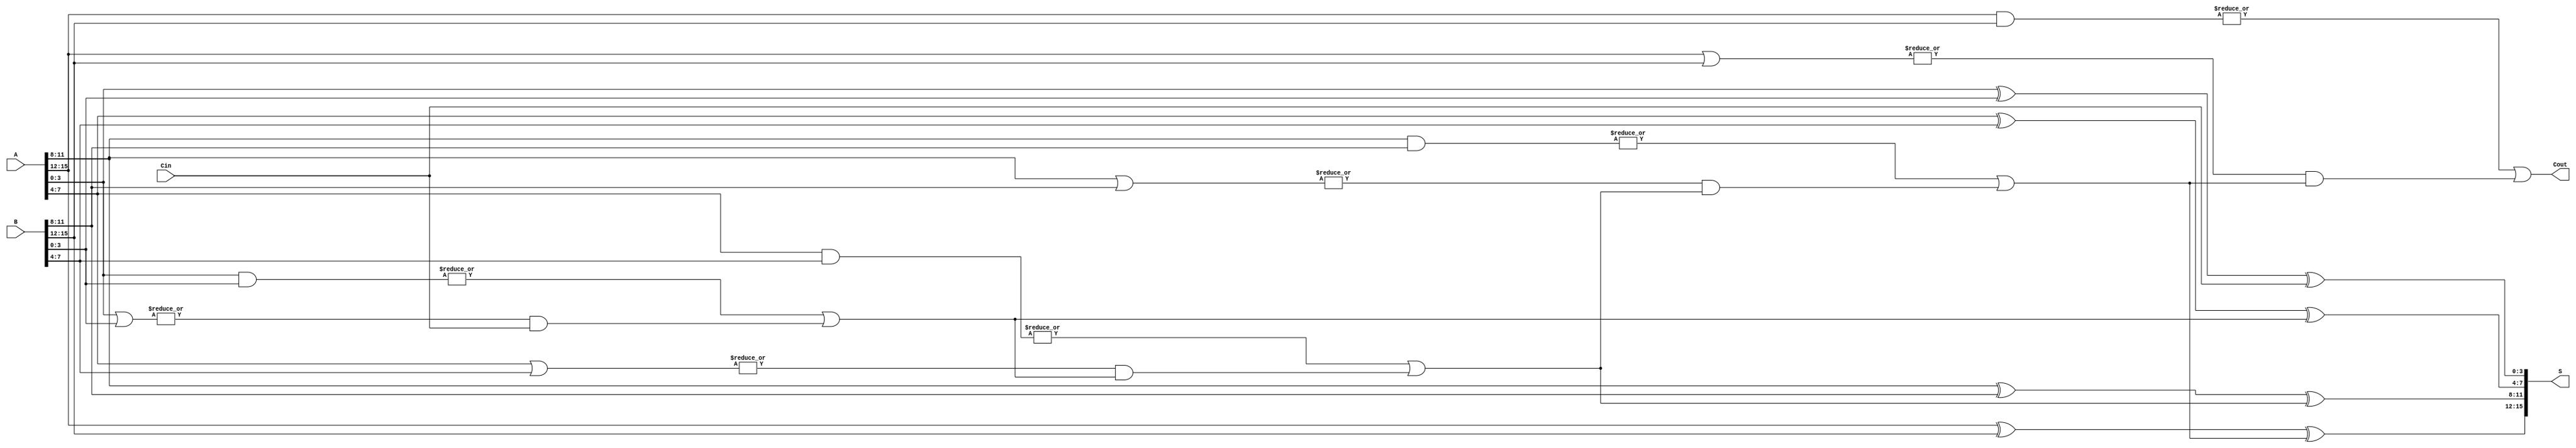
module han_carlson_adder #(
    parameter N = 16    // Number of bits
)(
    input  [N-1:0] A,   // First operand
    input  [N-1:0] B,   // Second operand
    input         Cin,   // Carry input
    output [N-1:0] S,    // Sum output
    output        Cout    // Carry output
);

    localparam GROUP_SIZE = 4; // Define the size of each group
    localparam NUM_GROUPS = N / GROUP_SIZE; // Calculate the number of groups

    // Generate and propagate signals
    wire [NUM_GROUPS-1:0] G; // Generate signals for each group
    wire [NUM_GROUPS-1:0] P; // Propagate signals for each group
    wire [NUM_GROUPS:0] C; // Carry outputs for each group

    // Generate and propagate calculations for each group
    genvar i;
    generate
        for (i = 0; i < NUM_GROUPS; i = i + 1) begin : group
            wire [GROUP_SIZE-1:0] A_group = A[i*GROUP_SIZE +: GROUP_SIZE];
            wire [GROUP_SIZE-1:0] B_group = B[i*GROUP_SIZE +: GROUP_SIZE];

            assign G[i] = |(A_group & B_group); // Generate signal
            assign P[i] = |(A_group | B_group); // Propagate signal

            // Carry signal computation for the groups
            if (i == 0) begin
                assign C[i] = Cin; // First group carry is Cin
            end else begin
                assign C[i] = G[i-1] | (P[i-1] & C[i-1]); // Carry select logic
            end
        end
    endgenerate

    // Sum calculation for each group
    generate
        for (i = 0; i < NUM_GROUPS; i = i + 1) begin : sum_group
            wire [GROUP_SIZE-1:0] A_group = A[i*GROUP_SIZE +: GROUP_SIZE];
            wire [GROUP_SIZE-1:0] B_group = B[i*GROUP_SIZE +: GROUP_SIZE];
            wire carry_in = C[i]; // Carry input for the current group

            assign S[i*GROUP_SIZE +: GROUP_SIZE] = A_group ^ B_group ^ carry_in; // Sum calculation
        end
    endgenerate

    // Final carry out from the last group
    assign Cout = G[NUM_GROUPS-1] | (P[NUM_GROUPS-1] & C[NUM_GROUPS-1]);

endmodule